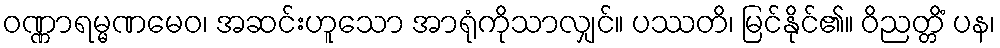
ဝဏ္ဏာရမ္မဏမေဝ၊ အဆင်းဟူသော အာရုံကိုသာလျှင်။ ပဿတိ၊ မြင်နိုင်၏။ ဝိညတ္တိံ ပန၊